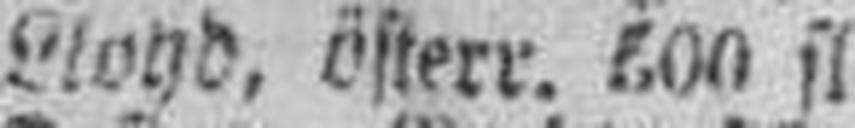
Lloyd, österr. 500 fl. K.=M.